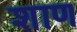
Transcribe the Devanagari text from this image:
शाण